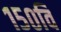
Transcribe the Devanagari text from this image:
१५०वि